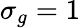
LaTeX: \sigma_{g}=1